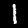
Digit: 1